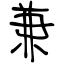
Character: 兼